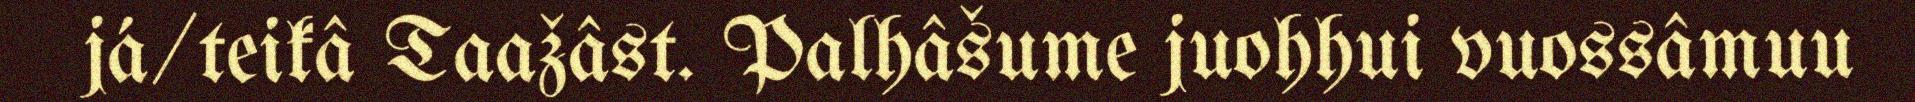
já/teikâ Taažâst. Palhâšume juohhui vuossâmuu